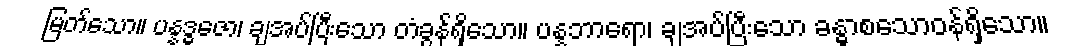
မြတ်သော။ ပန္နဒ္ဓဇော၊ ချအပ်ပြီးသော တံခွန်ရှိသော။ ပန္နဘာရော၊ ချအပ်ပြီးသော ခန္ဓာစသောဝန်ရှိသော။